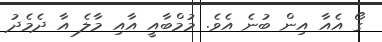
ގޯ އެއާ އިން ބުނެ އެވެ. މުމްބާއީ އާއި މާލެ އާ ދެމެދު